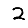
Digit: 2